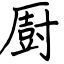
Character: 㕑